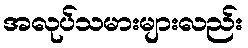
အလုပ်သမားများလည်း